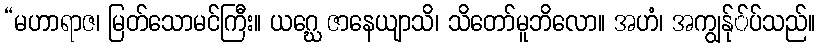
“မဟာရာဇ၊ မြတ်သောမင်ကြီး။ ယဂ္ဃေ ဇာနေယျာသိ၊ သိတော်မူဘိလော။ အဟံ၊ အကျွန်ု်ပ်သည်။